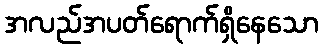
အလည်အပတ်ရောက်ရှိနေသော